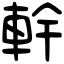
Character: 龫